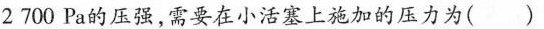
2700Pa的压强，需要在小活塞上施加的压力为()